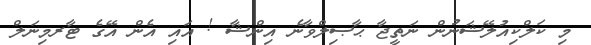
މި ކަލްކިއުލޭޝަނުން ނަތީޖާ ޙާޞިލްވާނެ އިންޝާ ! އައި އެން އޭގެ ޓާރމިނަލް